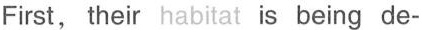
First, their habitat is being de-